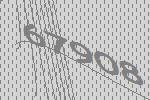
67908